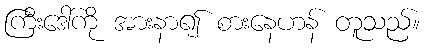
ကြီးဒေါ်ကို အားနာ၍ စားနေဟန် တူသည်။